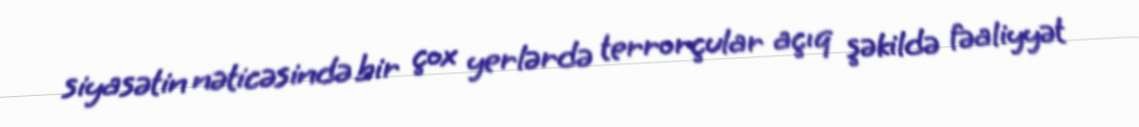
siyasətin nəticəsində bir çox yerlərdə terrorçular açıq şəkildə fəaliyyət